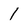
Character: 1